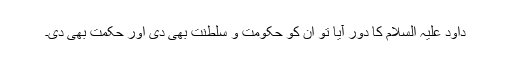
داؤد علیہ السلام کا دور آیا تو ان کو حکومت و سلطنت بھی دی اور حکمت بھی دی۔